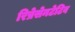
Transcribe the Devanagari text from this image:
रिप्रेसेनटेटिव